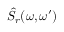
\hat { S } _ { r } ( \omega , \omega ^ { \prime } )